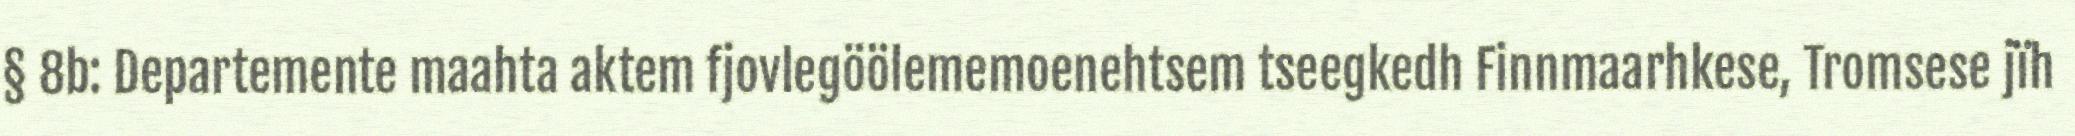
§ 8b: Departemente maahta aktem fjovlegöölememoenehtsem tseegkedh Finnmaarhkese, Tromsese jïh